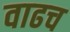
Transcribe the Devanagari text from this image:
वाढच